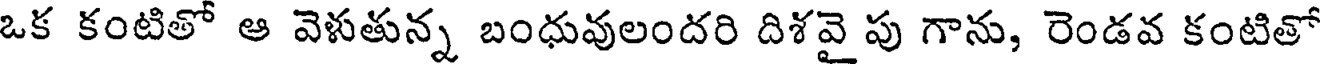
ఒక కంటితో ఆ వెళుతున్న బంధువులందరి దిశవై పు గాను, రెండవ కంటితో